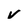
Character: v